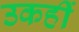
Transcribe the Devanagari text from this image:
उकहीं